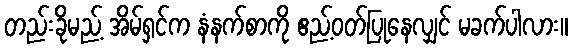
တည်းခိုမည့် အိမ်ရှင်က နံနက်စာကို ဧည့်ဝတ်ပြုနေလျှင် မခက်ပါလား။